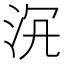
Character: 𣳞